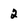
Character: 2